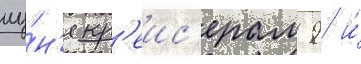
иу́н'я кр'еис'ерам 9 и́